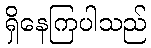
ရှိနေကြပါသည်